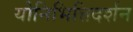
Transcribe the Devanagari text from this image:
योनिभित्तिदर्शन